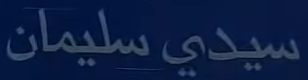
سيدي-سليمان